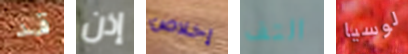
قد إذن إخلاص التف لوسيا